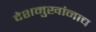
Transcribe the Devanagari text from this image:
देशमुखांनाच